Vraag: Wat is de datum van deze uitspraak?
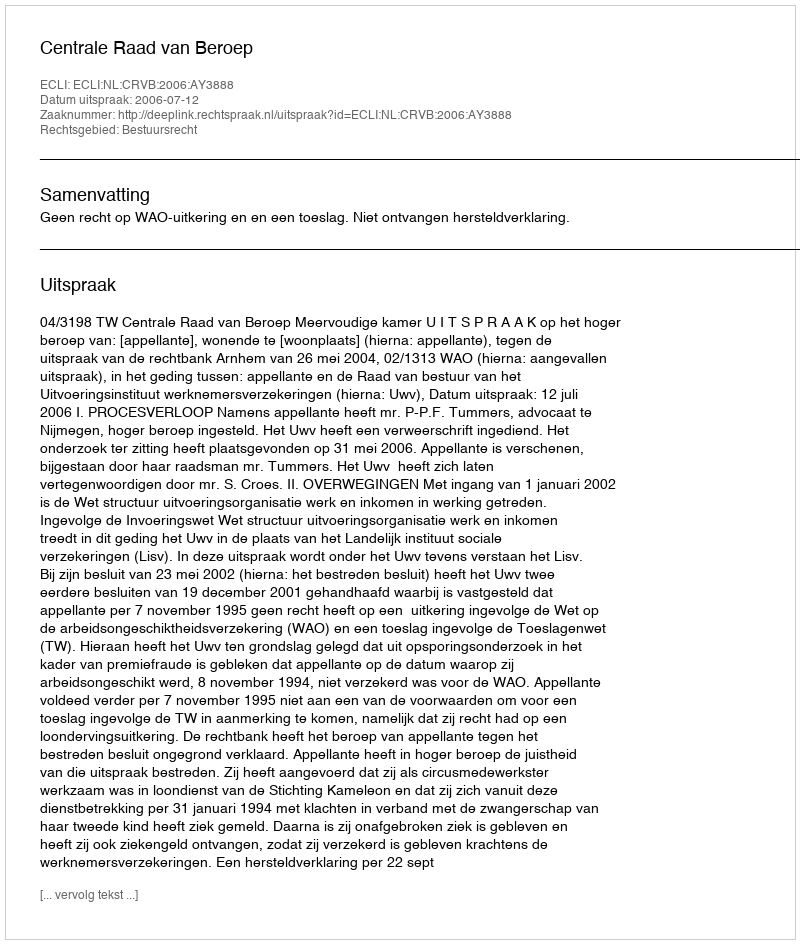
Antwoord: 2006-07-12